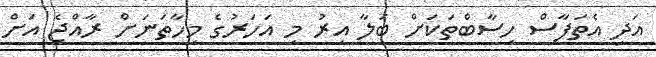
އަދި އެތަފާސް ހިސާބްތަކަށް ބަލާ އިރު މި އަހަރުގެ މިހާތަނަށް ރާއްޖެ އަށް